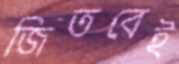
জিতবেই